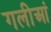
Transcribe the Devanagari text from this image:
गलीआं